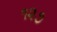
૧૨૭